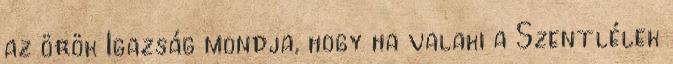
az örök Igazság mondja, hogy ha valaki a Szentlélek